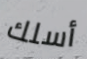
أسلك